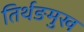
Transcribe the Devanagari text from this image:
तिर्थङमुख